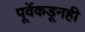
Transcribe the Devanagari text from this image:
पूर्वेकडूनही